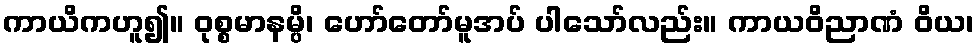
ကာယိကဟူ၍။ ဝုစ္စမာနမ္ပိ၊ ဟော်တော်မူအပ် ပါသော်လည်း။ ကာယဝိညာဏံ ဝိယ၊